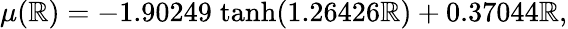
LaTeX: \mu(\mathbb{R})=-1.90249\; \mathrm{{tanh}}(1.26426\mathbb{R})+0.37044\mathbb{R},